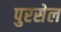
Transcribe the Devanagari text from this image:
पुरसेल